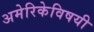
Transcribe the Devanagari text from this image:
अमेरिकेविषयी